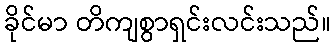
ခိုင်မာ တိကျစွာရှင်းလင်းသည်။